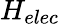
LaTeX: H_{elec}